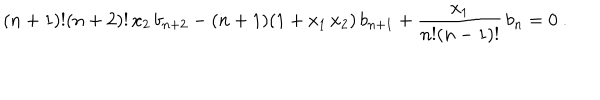
LaTeX: ( n + 1 ) ! ( n + 2 ) ! \, x _ { 2 } \, b _ { n + 2 } - ( n + 1 ) ( 1 + x _ { 1 } \, x _ { 2 } ) \, b _ { n + 1 } + { \frac { x _ { 1 } } { n ! ( n - 1 ) ! } } \, b _ { n } = 0 \ .